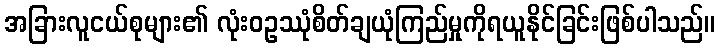
အခြားလူငယ်စုများ၏ လုံးဝဥဿုံစိတ်ချယုံကြည်မှုကိုရယူနိုင်ခြင်းဖြစ်ပါသည်။